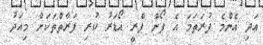
އަދި އެންމެ ފުރަތަމަ އެ ފޯން ޕްރީ އޯޑަރު ކުރި ފަރާތްތަކަށް މިއަދު